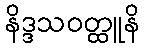
နိဒ္ဒသဝတ္ထူနိ